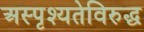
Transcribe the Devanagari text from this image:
अस्पृश्यतेविरुद्ध